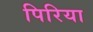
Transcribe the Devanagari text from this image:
पिरिया